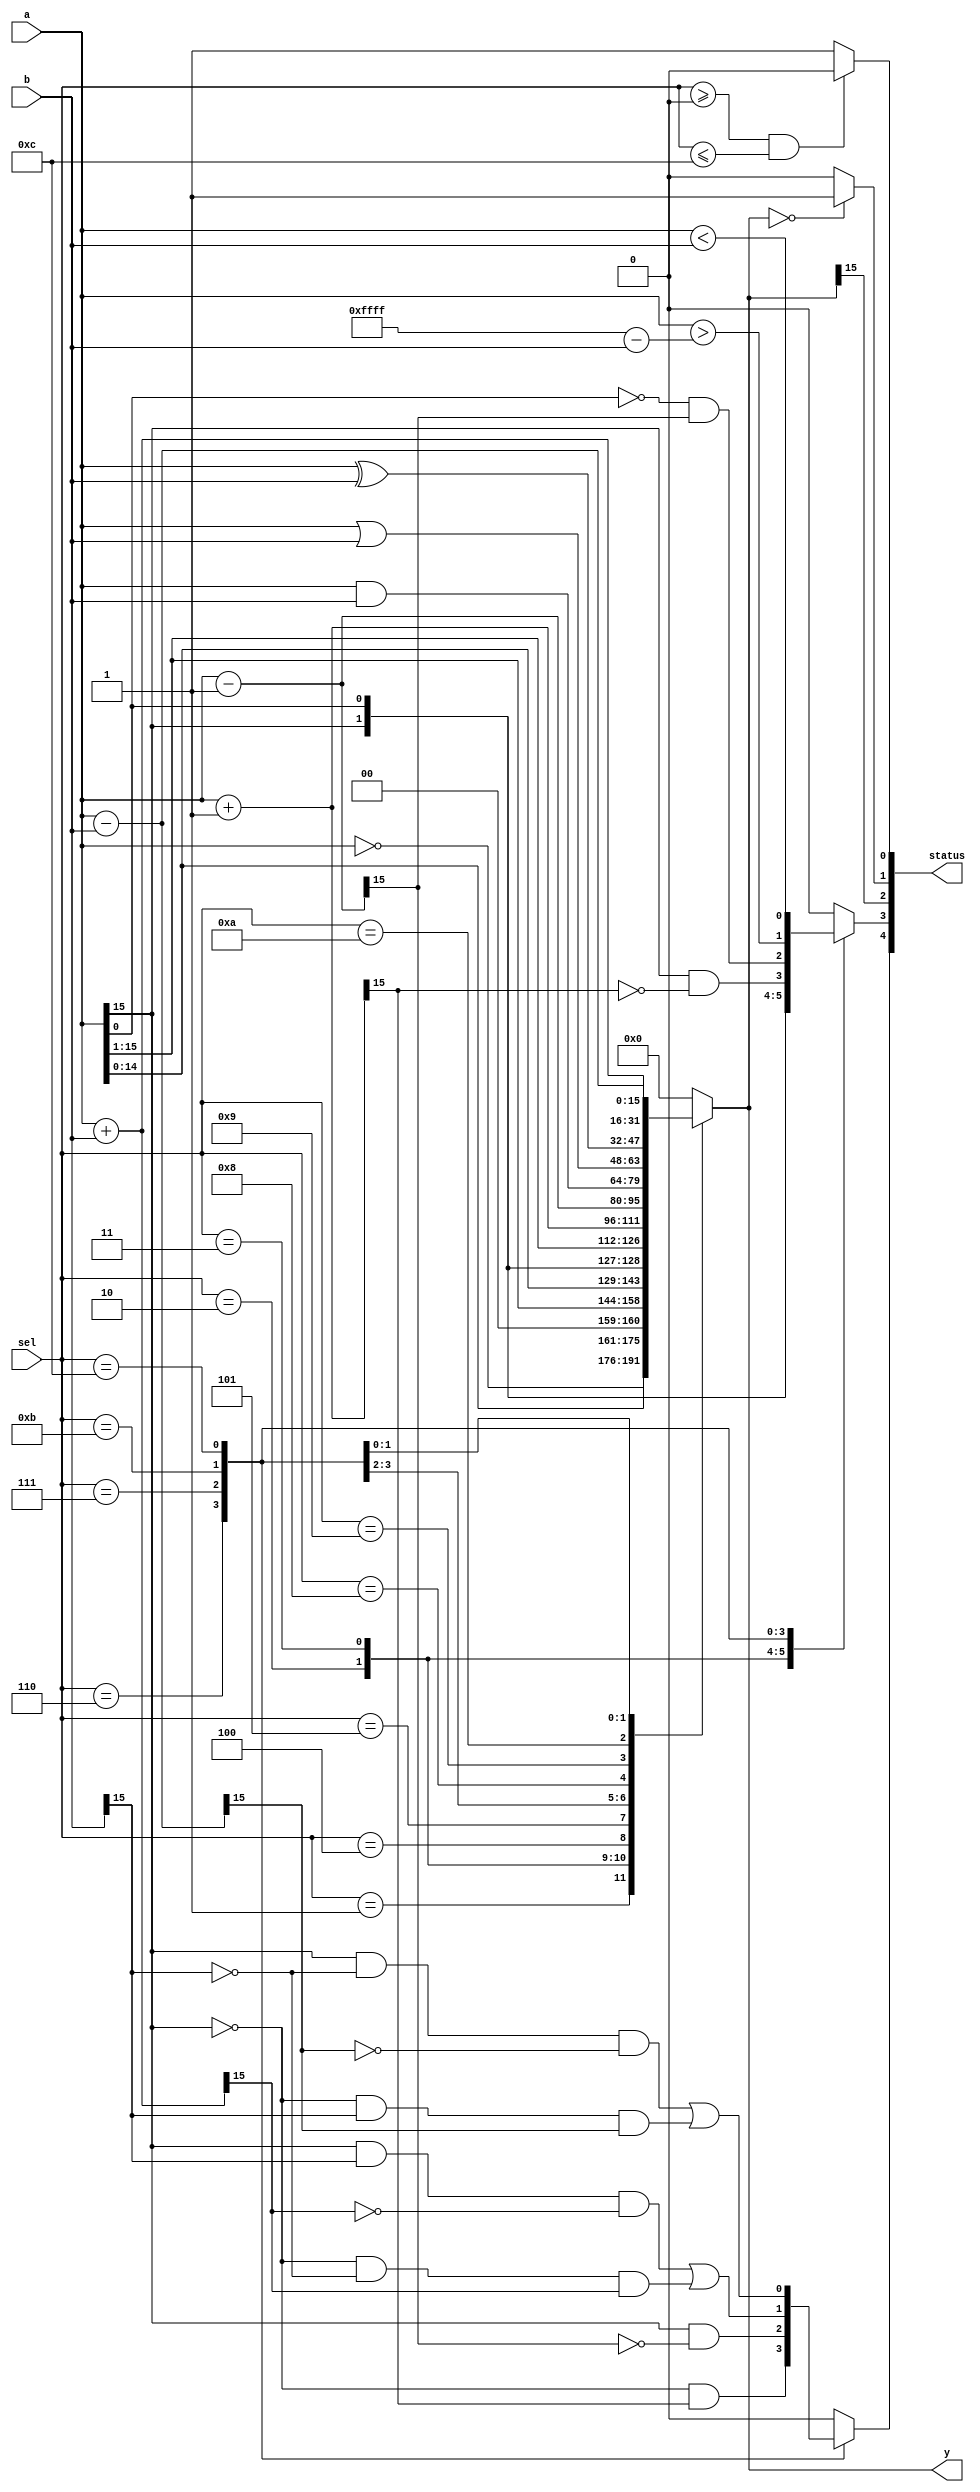
// Copyright 2023 Benedikt Muehlbachler JKU
//
// Licensed under the Apache License, Version 2.0 (the "License");
// you may not use this file except in compliance with the License.
// You may obtain a copy of the License at
//
// 		http://www.apache.org/licenses/LICENSE2.0
//
// Unless required by applicable law or agreed to in writing, software
// distributed under the License is distributed on an "AS IS" BASIS,
// WITHOUT WARRANTIES OR CONDITIONS OF ANY KIND, either express or implied.
// See the License for the specific language governing permissions and
// limitations under the License
// 
// ################################################################
// Module alu.v
// - Arithmetic Logic Unit for 16 bit-data
// - Performs Logic Operations like Complement,OR,...
// - Performs Arithmetic Operations like ADD,SUBTRACT,...
// ################################################################

/* verilator lint_off MODDUP */
module alu (
	input wire [3:0] sel,
	input wire [15:0] a,
	input wire [15:0] b,
	output reg [15:0] y,
	output reg [4:0] status
);
	
	always @(*) begin
		case(sel)
			0 :	begin
					y = 16'h0000; // no operation result is 0
					status[4:3] = 2'b00; //no CF and OF
					end
			1 : begin
					y = ~a;	// complement of operand a
					status[4:3] = 2'b00; //no CF and OF
					end
			2 :	begin
					y = a << 1;	// shift a left
					status[3] = a[15]; //CF possible
					status[4] = 1'b0; //no OF
					end
			3 :	begin
					y = a >> 1;	// shift a right
					status[3] = a[0];
					status[4] = 1'b0;
					end
			4 : begin
					y = {a[14:0], a[15]}; // rotate a left
					status[4:3] = 2'b00;
					end
			5 : begin
					y = {a[0], a[15:1]}; // rotate a right
					status[4:3] = 2'b00;
					end
			6 :	begin
					y = a + 1; // increment operand A
					status[3] = a[15]&~y[15];
					status[4] = ~a[15]&y[15];
					end
			7 : begin
					y = a - 1; // decrement operand A
					status[3] = ~a[0]&y[15];
					status[4] = a[15]&~y[15];
					end
			8 :	begin
					y = a & b;	// bitwise and connection
					status[4:3] = 2'b00;
					end
			9 :	begin
					y = a | b;	// bitwise OR connection
					status[4:3] = 2'b00;
					end
			10 : begin
					y = a ^ b; // bitwise XOR connection
					status[4:3] = 2'b00;
					end
			11 : begin
					y = a + b;	// add the two operands
					status[3] = a>16'hffff-b;
					status[4] = a[15]&b[15]&~y[15] | ~a[15]&~b[15]&y[15];
					end
			12 : begin
					y = a - b;	// subtract the two operands
					status[3] = a<b;
					status[4] = a[15]&~b[15]&~y[15] | ~a[15]&b[15]&y[15];
					end
			default : begin
					y = 16'h0000;
					status[4:3] = 2'b00;
					end
		endcase
		
		/* verilator lint_off UNSIGNED */
		if(sel>=0 && sel <=12) begin
			status[0] = 1'b0; //no wrong operation selected
		end else begin
			status[0] = 1'b1; //wrong operation selected
		end
		/* verilator lint_on UNSIGNED */
		
		if(y==16'h0000) begin
			status[1] = 1'b1; //set zero-flag if result=0
		end else begin
			status[1] = 1'b0; //no zero-flag if result!=0
		end
		status[2] = y[15]; //set sign flag (=bit15 of result)
		
	end
endmodule
/* verilator lint_on MODDUP */